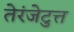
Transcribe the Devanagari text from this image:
तेरंजेटुत्त